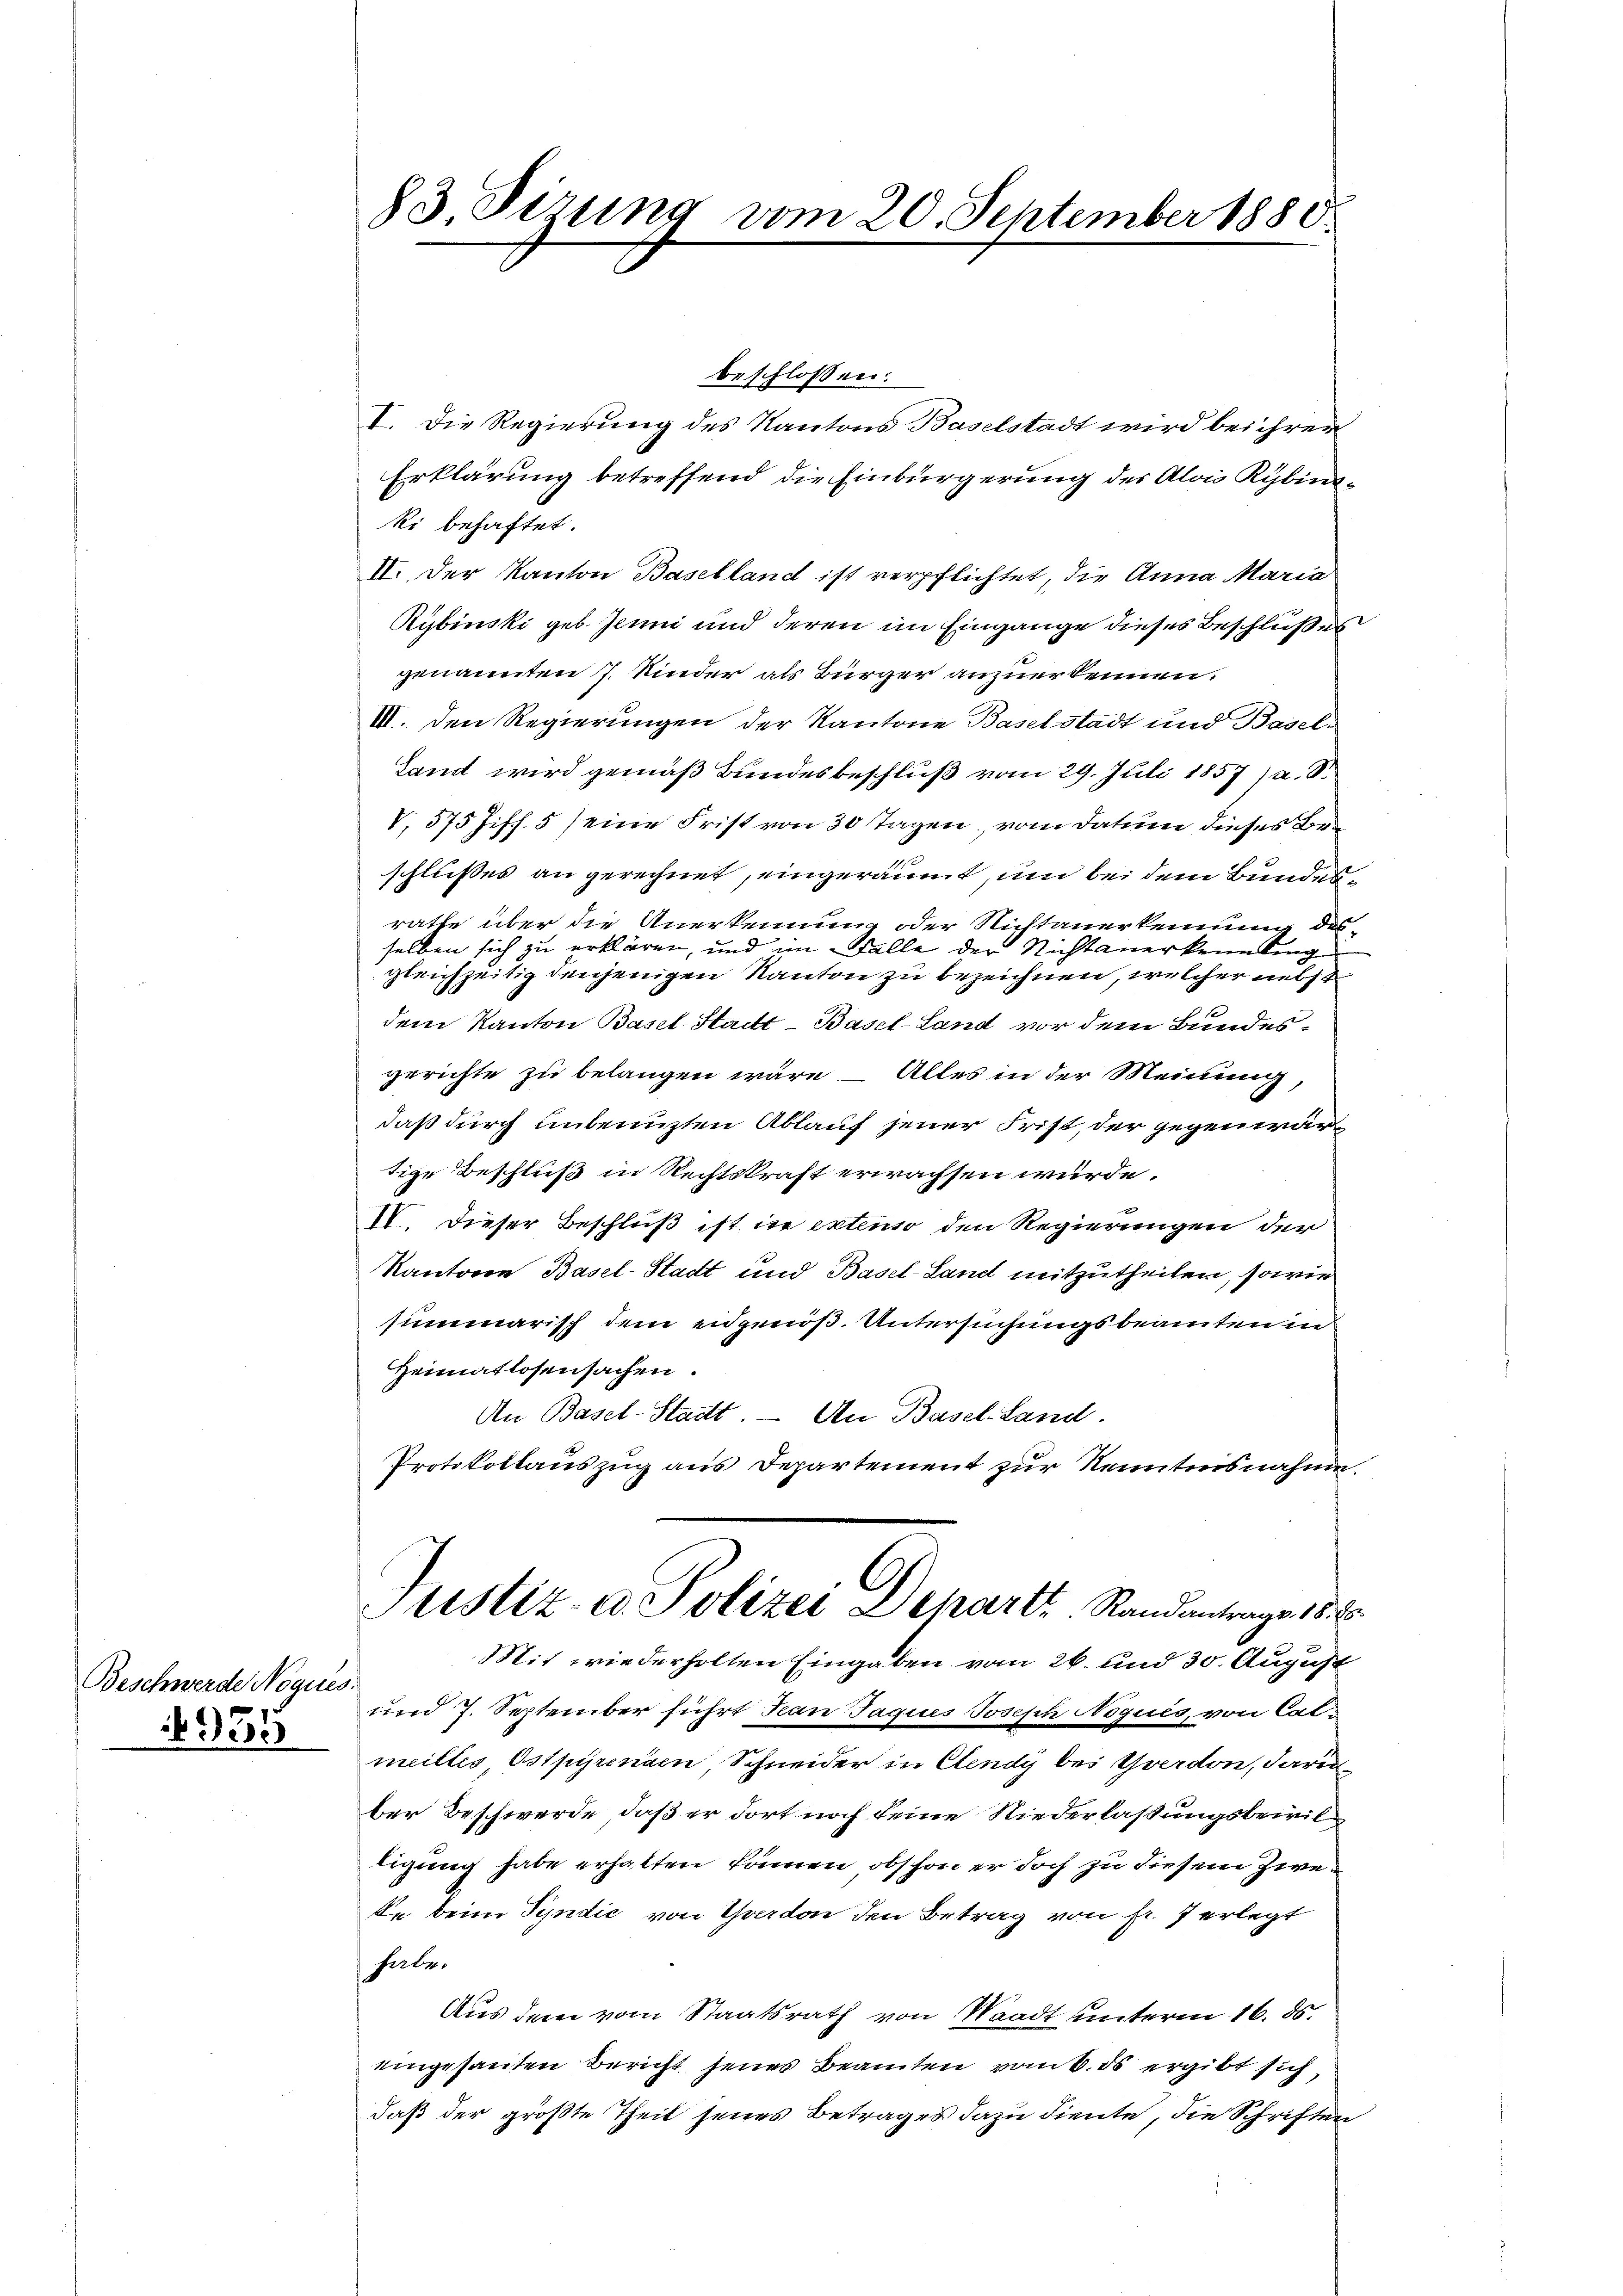
Beschwerde Noques.
4935

83. Sizung vom 20. September 1888.

beschlossen:
I. Die Regierung des Kantons Baselstadt wird bei ihren
Erklärung betreffend die Einbürgerung des Alois Rybinski behaftet.
II. Der Kanton Baselland ist verpflichtet, die Anna Maria
Rybinski geb. Jenne und deren im Eingange dieses Beschlußes
genannten 7. Kinder als Bürger anzuerkennen.
III. den Regierungen der Kantone Baselstadt und Basel-
Land wird gemäß Bundesbeschluß vom 29. Juli 1857) u. S.
V, 575 Ziff. 5 seine Frist von 30 Tagen, vom Datum dieses Beschlußes an gerechnet, eingeräumt, um bei dem Bundesrathe über die Anerkennung oder Nichtanerkennung des
selben sich zu erklären, und Falle der Nichtanerkennting
gleichzeitig denjenigen Kanton zu bezeichnen, welcher nebst
dem Kanton Basel-Stadt-Basel-Land vor dem Bundes-
gerichte zu belangen wäre – Alles in der Meinung,
daß durch unbenuzten Ablauf jener Frist, der gegenwärtige Beschluß in Rechtskraft erwachsen würde.
IV. Dieser Beschluß ist ist extenso den Regierungen der
Kantonen Basel-Stadt und Basel-Land mitzutheilen, sowie
summarisch dem eidgenöß. Untersuchungsbeamten in
Heimatlosensachen.
An Basel-Stadt. — An Basel-Land.
Protokollauszug aus Departement zur Kenntnisnahme.
A
Sistiz- u. Polizei Schart, Randantrags 18. 8.
Mit wiederholten Eingaben vom 26. und 30. August
und 7. September führt dan Jaques Joseph Niguis, von Calmeiltes Ostpyrena Schneider in Cendy bei Yverdon, daru
ber Beschwerde, daß er dort noch keine Niederlaßungsbewiltigung habe erhalten können, obschon er doch zu diesem Zweke beim Syndić von Yverdon den Betrag von fr. 7 erlegt
habe.
Aus dem vom Staatsrath von Waadt unterm 16. ds.
eingesanten Bericht seines Beamten vom 6. ds ergibt sich,
daß der größte Theil seines Betrages dazu diente, die Schriften